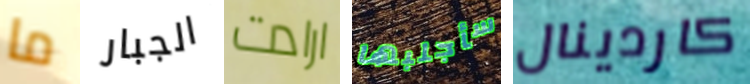
ما الجبار ارادت سأجلبها كاردينال